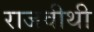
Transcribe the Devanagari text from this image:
राजवीथी